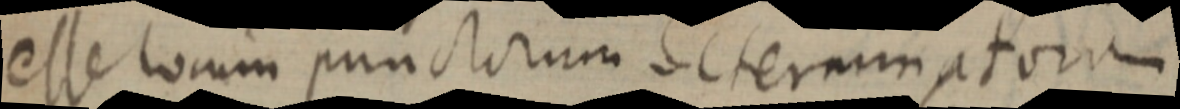
esse locum punctorum determinatorum